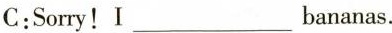
C:Sorry!I___bananas.